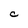
Character: C